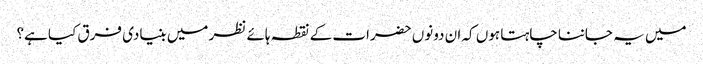
میں یہ جاننا چاہتا ہوں کہ ان دونوں حضرات کے نقطہ ہائے نظر میں بنیادی فرق کیا ہے؟